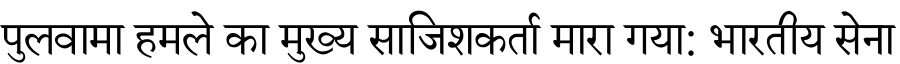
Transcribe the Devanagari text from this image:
पुलवामा हमले का मुख्य साजिशकर्ता मारा गया: भारतीय सेना